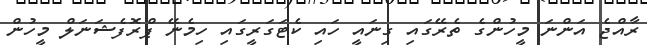
ރާއްޖެ އަންނަ މީހުންގެ ތެރޭގައި ގިނައީ ހައި ކެޓަގަރީގައި ހިމެނޭ ޕްރޮފެޝަނަލް މީހުން